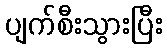
ပျက်စီးသွားပြီး